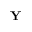
{ \bf Y }